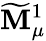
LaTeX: \widetilde{\mathbf{M}}_{\mu}^{1}